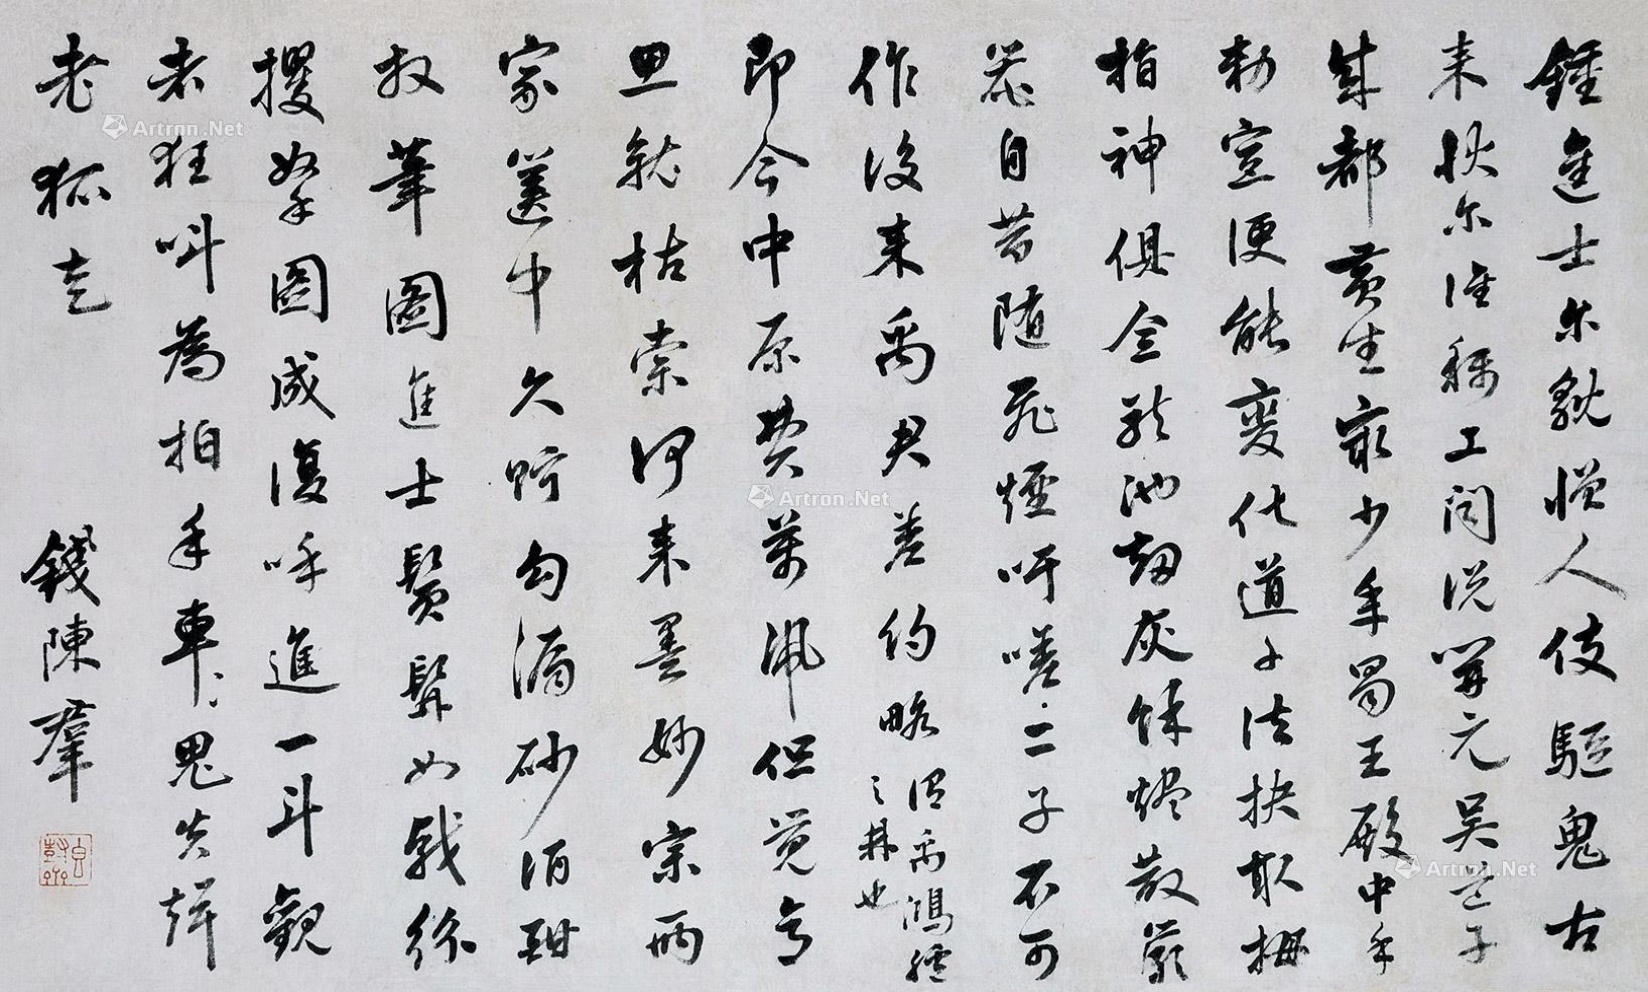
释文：钟进士：尔貌憎人，伎驱鬼，古来状尔淮称工。闻说开元吴道子，成都黄生最少平。蜀王殿中手敕宣，便能变化道子法。抉取拇指神俱全，龙池劫灰余烬，散严笼，自昔随飞烟吁嗟二子不可作后来禹君差约略，倡禹鸿经之林也。即今中原费万凧但觉高思就枯索何来墨妙宗两家，箧中久贮勾漏砂酒酣，权笔图进士鬓髯如戟，纷攫拿图成复呼进一斗观者狂叫为拍手车，车鬼失吉老狐去。钱陈群。